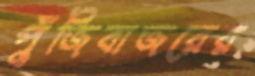
পুঁজিবাজরের